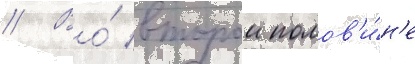
// Во́ второи полов'и́н'е